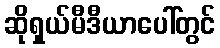
ဆိုရှယ်မီဒီယာပေါ်တွင်